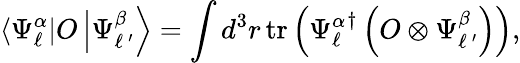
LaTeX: \left<{\Psi_{\ell}^{\alpha}}\right|O\left|\Psi_{\ell\, ^{\prime}}^{\beta}\right>=\int d^{3}r\, \mathrm{tr}\left({\Psi_{\ell}^{\alpha}}^{\dagger}\left(O\otimes\Psi_{\ell\, ^{\prime}}^{\beta}\right)\right),